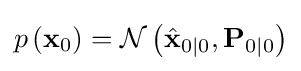
p\left(\mathbf {x} _{0}\right)={\mathcal {N}}\left({\hat {\mathbf {x} }}_{0\mid 0},\mathbf {P} _{0\mid 0}\right)